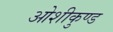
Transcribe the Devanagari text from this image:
ओशीकुण्ड